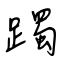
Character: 躅